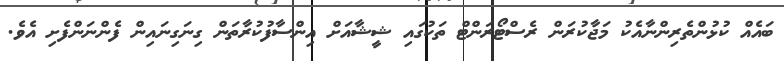
ބައެއް ކުޅުންތެރިންނާއެކު މަޖާކުރަން ރެސްޓޯރަންޓް ތަކުގައި ޝީޝާއަށް އިންސާފުކުރާތަން ގިނަގިނައިން ފެންނަންފެށި އެވެ.